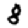
Digit: 8